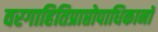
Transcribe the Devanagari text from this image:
वरगाहितिप्राप्तोपाधिकानॉ